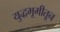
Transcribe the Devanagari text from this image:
युद्धभूमीतून